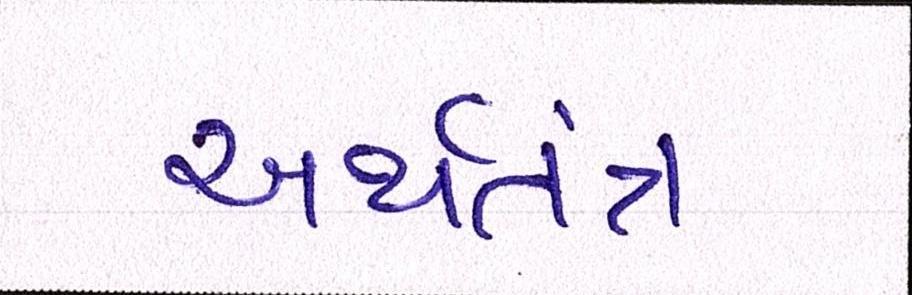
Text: અર્થતંત્ર